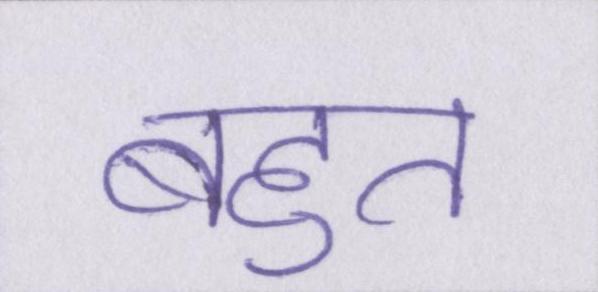
बहुत